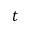
t